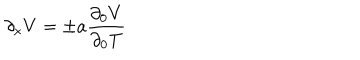
LaTeX: \partial _ { x } V = \pm a { \frac { \partial _ { 0 } V } { \partial _ { 0 } T } }